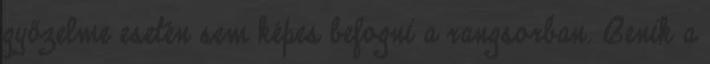
győzelme esetén sem képes befogni a rangsorban. Benik a